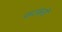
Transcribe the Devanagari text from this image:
फटकतीं